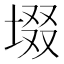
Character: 㙍